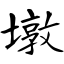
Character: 墩